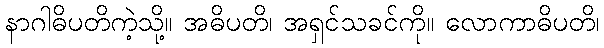
နာဂါဓိပတိကဲ့သို့။ အဓိပတိ၊ အရှင်သခင်ကို။ လောကာဓိပတိ၊